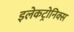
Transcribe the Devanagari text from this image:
इलेकट्रोनिक्स